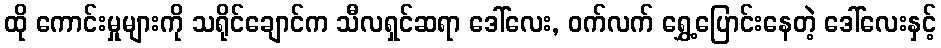
ထို ကောင်းမှုများကို သရိုင်ချောင်က သီလရှင်ဆရာ ဒေါ်လေး, ဝက်လက် ရွှေ့ပြောင်းနေတဲ့ ဒေါ်လေးနှင့်